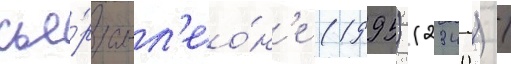
сье́рра-л'ео́н'е (1995) (2340) /